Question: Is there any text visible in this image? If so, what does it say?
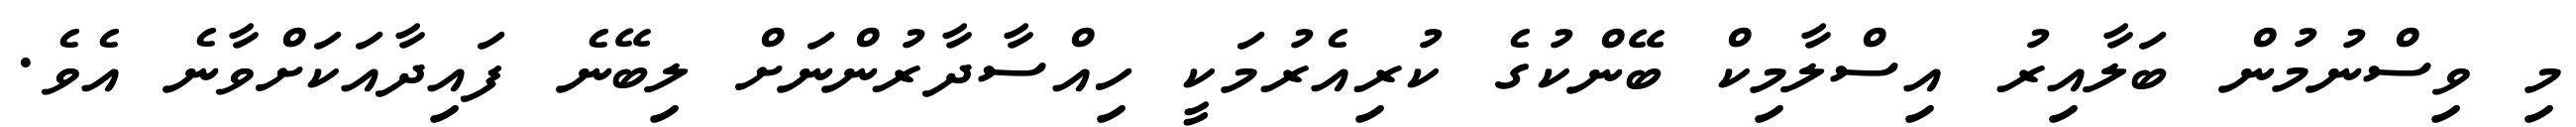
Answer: މި ވިސްނުމުން ބަލާއިރު އިސްލާމިކް ބޭންކުގެ ކުރިއެރުމަކީ ހިއްސާދާރުންނަށް ލިބޭނެ ފައިދާއަކަށްވާނެ އެވެ.